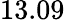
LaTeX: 13.09